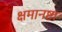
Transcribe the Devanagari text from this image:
क्षमानष्टा